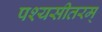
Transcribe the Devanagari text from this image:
पश्यसीतरम्